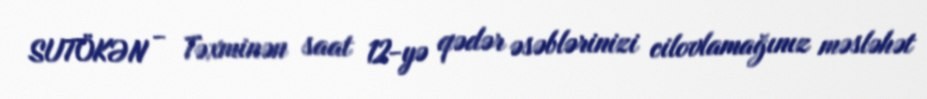
SUTÖKƏN - Təxminən saat 12-yə qədər əsəblərinizi cilovlamağınız məsləhət